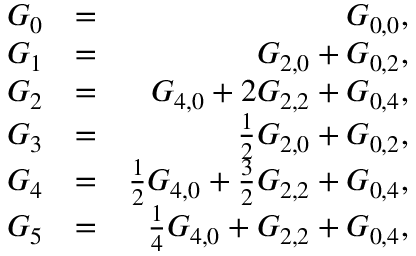
\begin{array} { r l r } { G _ { 0 } } & { = } & { G _ { 0 , 0 } , } \\ { G _ { 1 } } & { = } & { G _ { 2 , 0 } + G _ { 0 , 2 } , } \\ { G _ { 2 } } & { = } & { G _ { 4 , 0 } + 2 G _ { 2 , 2 } + G _ { 0 , 4 } , } \\ { G _ { 3 } } & { = } & { \frac { 1 } { 2 } G _ { 2 , 0 } + G _ { 0 , 2 } , } \\ { G _ { 4 } } & { = } & { \frac { 1 } { 2 } G _ { 4 , 0 } + \frac { 3 } { 2 } G _ { 2 , 2 } + G _ { 0 , 4 } , } \\ { G _ { 5 } } & { = } & { \frac { 1 } { 4 } G _ { 4 , 0 } + G _ { 2 , 2 } + G _ { 0 , 4 } , } \end{array}